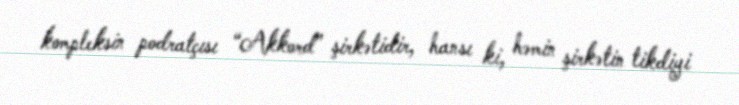
kompleksin podratçısı “Akkord” şirkətidir, hansı ki, həmin şirkətin tikdiyi